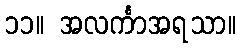
၁၁။ အလင်္ကာအရသာ။